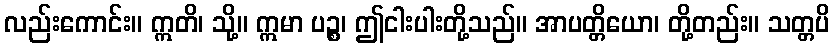
လည်းကောင်း။ ဣတိ၊ သို့။ ဣမာ ပဉ္စ၊ ဤငါးပါးတို့သည်။ အာပတ္တိယော၊ တို့တည်း။ သတ္တပိ